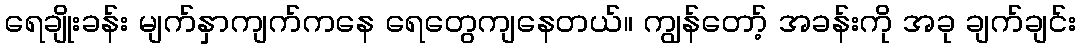
ရေချိုးခန်း မျက်နှာကျက်ကနေ ရေတွေကျနေတယ်။ ကျွန်တော့် အခန်းကို အခု ချက်ချင်း